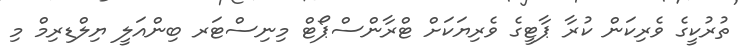
ތުރުކީގެ ވެރިކަން ކުރާ ޕާޓީގެ ވެރިޔަކަށް ޓްރާންސްޕޯޓް މިނިސްޓަރ ބިންއަލީ ޔިލްޑިރިމް މި